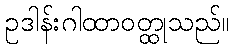
ဥဒါန်းဂါထာဝတ္ထုသည်။